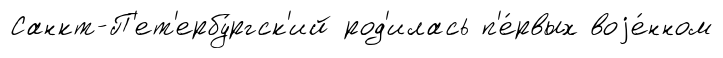
Санкт-П'ет'ербу́ргск'ий род'илась п'е́рвых воjе́нном